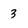
Character: 3